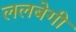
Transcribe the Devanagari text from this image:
ललबेगी